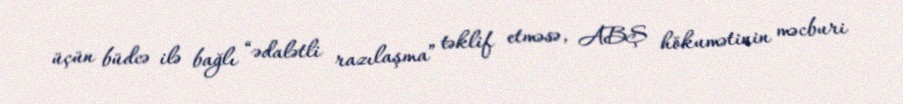
üçün büdcə ilə bağlı “ədalətli razılaşma” təklif etməsə, ABŞ hökumətinin məcburi